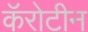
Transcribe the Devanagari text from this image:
कॅरोटीन